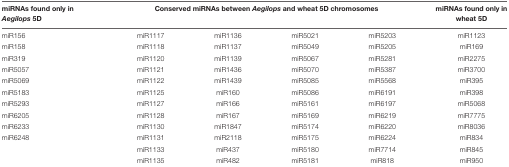
<table><thead><tr><td><b>miRNAs found only in <i>Aegilops</i> 5D</b></td><td colspan="4"><b>Conserved miRNAs between <i>Aegilops</i> and wheat 5D chromosomes</b></td><td><b>miRNAs found only in wheat 5D</b></td></tr></thead><tbody><tr><td>miR156</td><td>miR1117</td><td>miR1136</td><td>miR5021</td><td>miR5203</td><td>miR1123</td></tr><tr><td>miR158</td><td>miR1118</td><td>miR1137</td><td>miR5049</td><td>miR5205</td><td>miR169</td></tr><tr><td>miR319</td><td>miR1120</td><td>miR1139</td><td>miR5067</td><td>miR5281</td><td>miR2275</td></tr><tr><td>miR5057</td><td>miR1121</td><td>miR1436</td><td>miR5070</td><td>miR5387</td><td>miR3700</td></tr><tr><td>miR5069</td><td>miR1122</td><td>miR1439</td><td>miR5085</td><td>miR5568</td><td>miR395</td></tr><tr><td>miR5183</td><td>miR1125</td><td>miR160</td><td>miR5086</td><td>miR6191</td><td>miR398</td></tr><tr><td>miR5293</td><td>miR1127</td><td>miR166</td><td>miR5161</td><td>miR6197</td><td>miR5068</td></tr><tr><td>miR6205</td><td>miR1128</td><td>miR167</td><td>miR5169</td><td>miR6219</td><td>miR7775</td></tr><tr><td>miR6233</td><td>miR1130</td><td>miR1847</td><td>miR5174</td><td>miR6220</td><td>miR8036</td></tr><tr><td>miR6248</td><td>miR1131</td><td>miR2118</td><td>miR5175</td><td>miR6224</td><td>miR834</td></tr><tr><td></td><td>miR1133</td><td>miR437</td><td>miR5180</td><td>miR7714</td><td>miR845</td></tr><tr><td></td><td>miR1135</td><td>miR482</td><td>miR5181</td><td>miR818</td><td>miR950</td></tr></tbody></table>